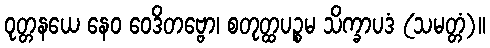
ဝုတ္တနယေ နေဝ ဝေဒိတဗ္ဗော၊ စတုတ္ထပဉ္စမ သိက္ခာပဒံ (သမတ္တံ)။